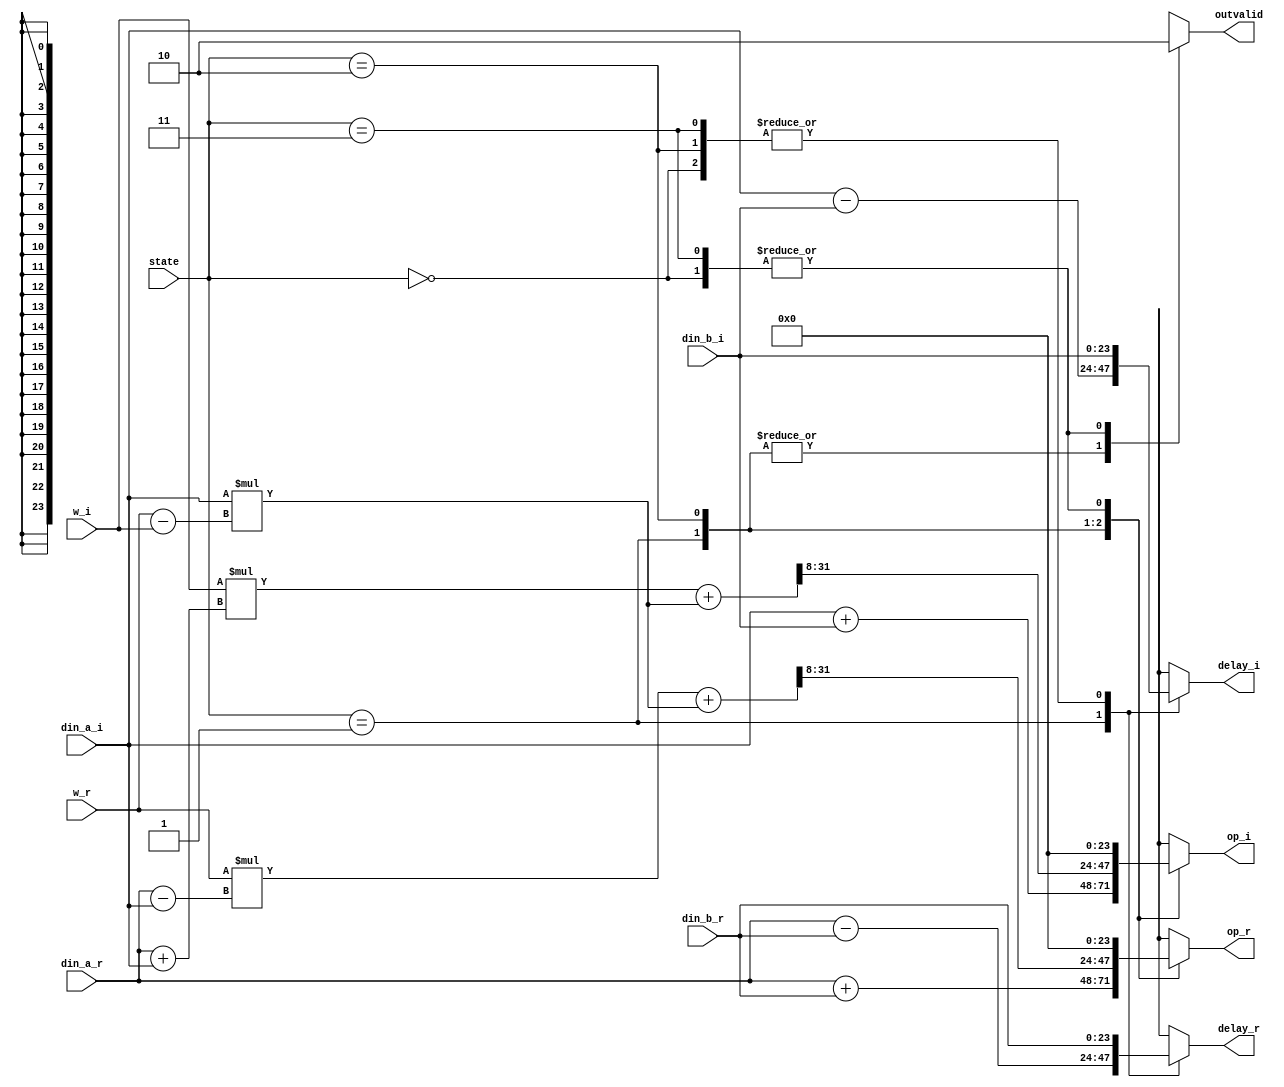
// This program was cloned from: https://github.com/abdelazeem201/Design-and-ASIC-Implementation-of-32-Point-FFT-Processor
// License: MIT License

// --------------------------------------------------------------------
// >>>>>>>>>>>>>>>>>>>>>>>>> COPYRIGHT NOTICE <<<<<<<<<<<<<<<<<<<<<<<<<
// --------------------------------------------------------------------
// Github: https://github.com/abdelazeem201
// Description: radix2 module
// Dependencies: 
// Since: 2021-12-24 05:10:50
// LastEditors: ahmed abdelazeem
// LastEditTime: 2021-12-24 05:10:50
// ********************************************************************
// Module Function
module radix2(
		input wire [1:0] state,
		input wire signed [23:0] din_a_r,
		input wire signed [23:0] din_a_i,
		input wire signed [23:0] din_b_r,//a
		input wire signed [23:0] din_b_i,//b
		input wire signed [23:0] w_r,//c
		input wire signed [23:0] w_i,//d
		output reg signed[23:0] op_r,
		output reg signed[23:0] op_i,
		output reg signed[23:0] delay_r,
		output reg signed[23:0] delay_i,
		output reg outvalid
	);

	reg signed [41:0] inter,mul_r,mul_i;//was 27
	reg signed [23:0] a,b,c,d;

	always@(*)begin
		op_r = 0;
		op_i = 0;
		delay_r = din_b_r;
		delay_i = din_b_i;
		case(state)
		2'b00:begin
		//waiting
		delay_r = din_b_r;
		delay_i = din_b_i;
		outvalid = 1'b0;
		end
		2'b01:begin
		//first half
		a = din_a_r + din_b_r;
		b = din_a_i + din_b_i;
		
		c = (din_a_r - din_b_r);//a-b
		d = (din_a_i - din_b_i);//a-b

		op_r = a;
		op_i = b;
		delay_r = c;
		delay_i = d;
		outvalid = 1'b1;
		end
		2'b10:begin
		//second half
		a = din_a_r;
		b = din_a_i;
		delay_r = din_b_r;
		delay_i = din_b_i;

		inter = b * (w_r - w_i); //b(c-d)
		mul_r  = w_r * (a - b) + inter;
		mul_i  = w_i * (a + b) + inter;

		op_r = (mul_r[31:8]);
		op_i = (mul_i[31:8]);
		outvalid = 1'b1;
		end
		2'b11:begin
		//disable
		outvalid = 1'b0;
		end
		default:begin
		delay_r = din_b_r;
		delay_i = din_b_i;
		end
		endcase
		
	end


endmodule